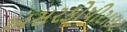
અસરકોપીરાઇટ